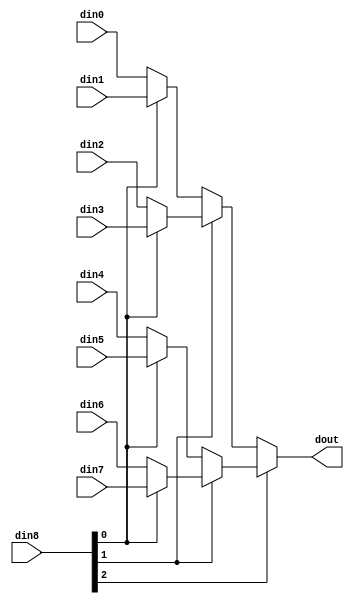
// ==============================================================
// Vitis HLS - High-Level Synthesis from C, C++ and OpenCL v2022.2 (64-bit)
// Tool Version Limit: 2019.12
// Copyright 1986-2022 Xilinx, Inc. All Rights Reserved.
// ==============================================================

`timescale 1ns/1ps

module PEG_Yvec_mux_83_64_1_1 #(
parameter
    ID                = 0,
    NUM_STAGE         = 1,
    din0_WIDTH       = 32,
    din1_WIDTH       = 32,
    din2_WIDTH       = 32,
    din3_WIDTH       = 32,
    din4_WIDTH       = 32,
    din5_WIDTH       = 32,
    din6_WIDTH       = 32,
    din7_WIDTH       = 32,
    din8_WIDTH         = 32,
    dout_WIDTH            = 32
)(
    input  [63 : 0]     din0,
    input  [63 : 0]     din1,
    input  [63 : 0]     din2,
    input  [63 : 0]     din3,
    input  [63 : 0]     din4,
    input  [63 : 0]     din5,
    input  [63 : 0]     din6,
    input  [63 : 0]     din7,
    input  [2 : 0]    din8,
    output [63 : 0]   dout);

// puts internal signals
wire [2 : 0]     sel;
// level 1 signals
wire [63 : 0]         mux_1_0;
wire [63 : 0]         mux_1_1;
wire [63 : 0]         mux_1_2;
wire [63 : 0]         mux_1_3;
// level 2 signals
wire [63 : 0]         mux_2_0;
wire [63 : 0]         mux_2_1;
// level 3 signals
wire [63 : 0]         mux_3_0;

assign sel = din8;

// Generate level 1 logic
assign mux_1_0 = (sel[0] == 0)? din0 : din1;
assign mux_1_1 = (sel[0] == 0)? din2 : din3;
assign mux_1_2 = (sel[0] == 0)? din4 : din5;
assign mux_1_3 = (sel[0] == 0)? din6 : din7;

// Generate level 2 logic
assign mux_2_0 = (sel[1] == 0)? mux_1_0 : mux_1_1;
assign mux_2_1 = (sel[1] == 0)? mux_1_2 : mux_1_3;

// Generate level 3 logic
assign mux_3_0 = (sel[2] == 0)? mux_2_0 : mux_2_1;

// output logic
assign dout = mux_3_0;

endmodule